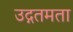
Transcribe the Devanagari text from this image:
उद्गतमता